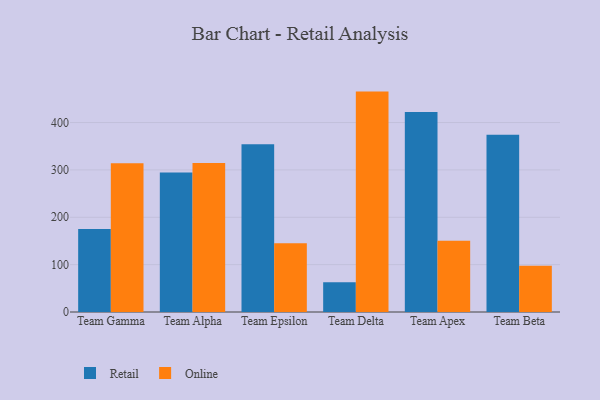
{"axis": {"x": "Team", "y": "Waste Production (Tons)"}, "legend": ["Online", "Retail"], "data": [{"x": "Team Gamma", "y": 175.1, "type": "Retail"}, {"x": "Team Gamma", "y": 313.8, "type": "Online"}, {"x": "Team Alpha", "y": 294.5, "type": "Retail"}, {"x": "Team Alpha", "y": 314.3, "type": "Online"}, {"x": "Team Epsilon", "y": 354.3, "type": "Retail"}, {"x": "Team Epsilon", "y": 144.9, "type": "Online"}, {"x": "Team Delta", "y": 62.6, "type": "Retail"}, {"x": "Team Delta", "y": 465.3, "type": "Online"}, {"x": "Team Apex", "y": 422.2, "type": "Retail"}, {"x": "Team Apex", "y": 150.6, "type": "Online"}, {"x": "Team Beta", "y": 374.4, "type": "Retail"}, {"x": "Team Beta", "y": 97.4, "type": "Online"}]}